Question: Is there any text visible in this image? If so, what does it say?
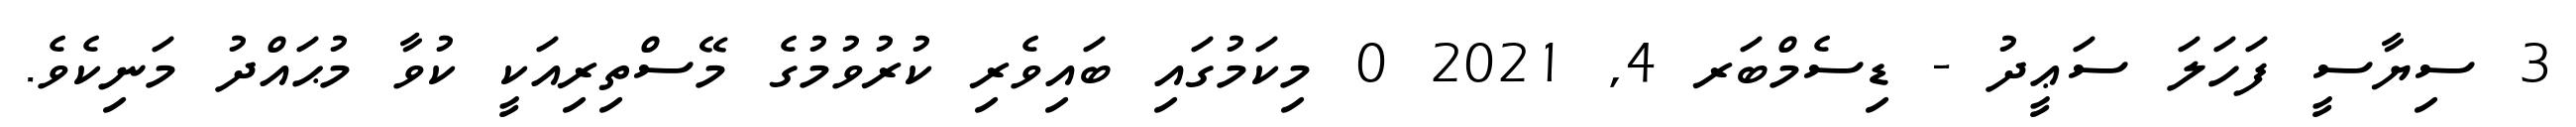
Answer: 3 ސިޔާސީ ފަހަލަ ސަޢީދު - ޑިސެމްބަރ 4, 2021 0 މިކަމުގައި ބައިވެރި ކުރުވުމުގެ މޭސްތިރިއަކީ ކުވާ މުޙައްދު މަނިކެވެ.